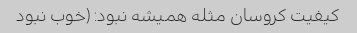
کیفیت کروسان مثله همیشه نبود: (خوب نبود